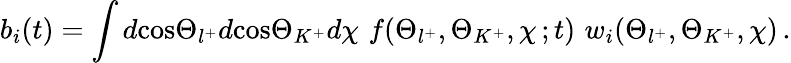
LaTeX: b_{i}(t)=\int d\mathrm{cos}\Theta_{l^{+}}d\mathrm{cos}\Theta_{K^{+}}d\chi\, \, f(\Theta_{l^{+}},\Theta_{K^{+}},\chi\, ;t)\, \, w_{i}(\Theta_{l^{+}},\Theta_{K^{+}},\chi)\, .